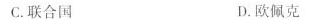
C. 联合国 D. 欧佩克